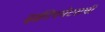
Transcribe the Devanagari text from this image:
इक्वीपमेंटसची